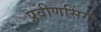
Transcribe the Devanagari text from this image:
प्रवीणसिंग